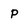
Character: P